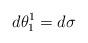
LaTeX: \begin{align*}d\theta _{1}^{1}=d\sigma \end{align*}